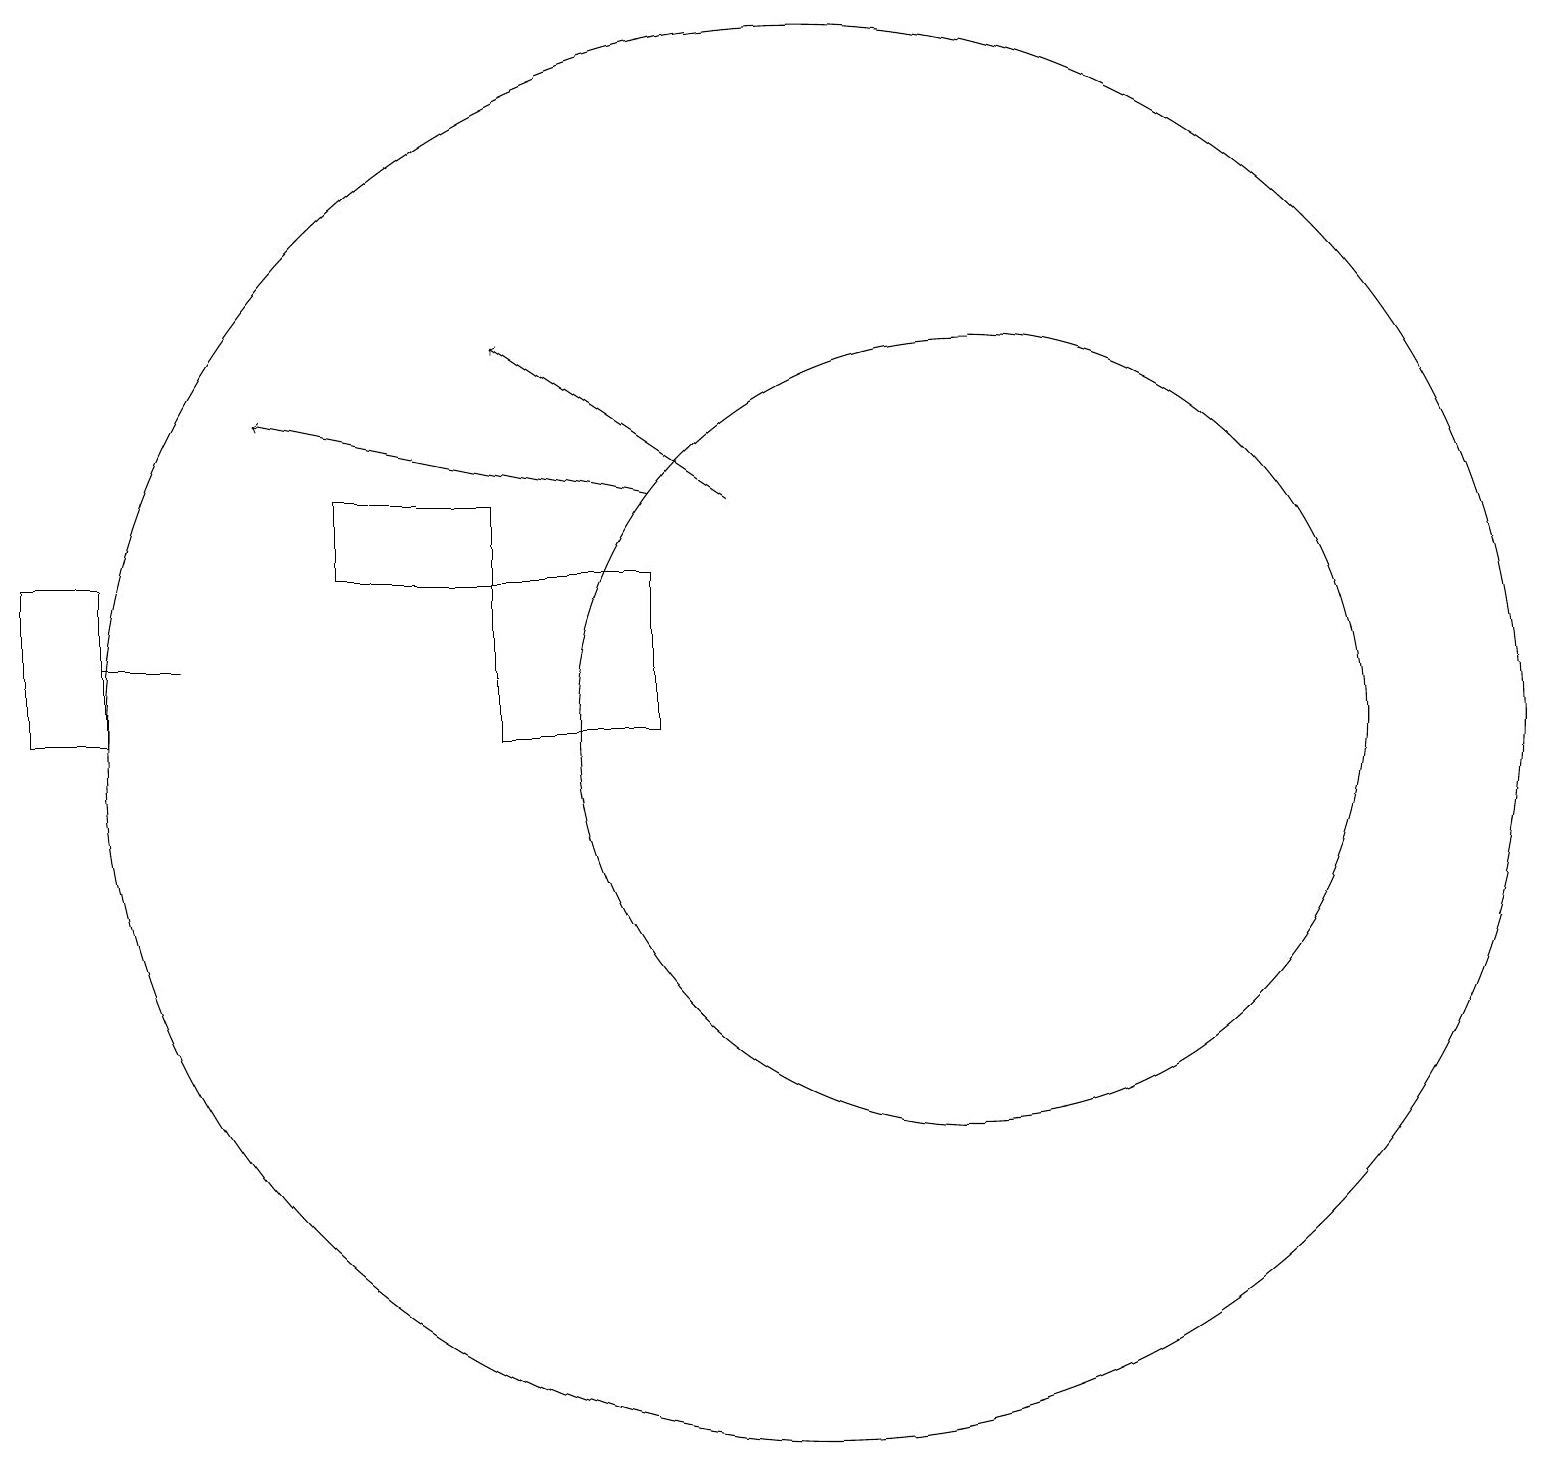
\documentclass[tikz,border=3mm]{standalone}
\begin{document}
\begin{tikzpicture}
\draw[->] (8,14) -- (3,15);
\draw (4,13) rectangle (6,14);
\draw (12,11) circle (5);
\draw[->] (9,14) -- (6,16);
\draw (1,12) rectangle (2,12);
\draw (8,13) rectangle (6,11);
\draw (0,13) rectangle (1,11);
\draw (10,11) circle (9);
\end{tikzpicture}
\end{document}